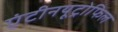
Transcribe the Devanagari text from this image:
एंटीनयूट्रोफिल